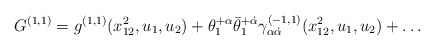
\begin{align*} G^{(1,1)} = g^{(1,1)}(x^2_{12},u_1,u_2) + \theta_1^{+\alpha} \bar\theta_1^{+\dot\alpha} \gamma^{(-1,1)}_{\alpha\dot\alpha}(x^2_{12},u_1,u_2) + \ldots\end{align*}